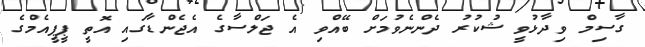
ގާސިމް ވިދާޅުވީ ޝުކުރު ދެންނެވުމަށް ބޭއްވި އެ ޖަލްސާގެ އެޖެންޑާގައި އޮތީ ޕީޕީއެމްގެ